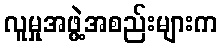
လူမှုအဖွဲ့အစည်းများက